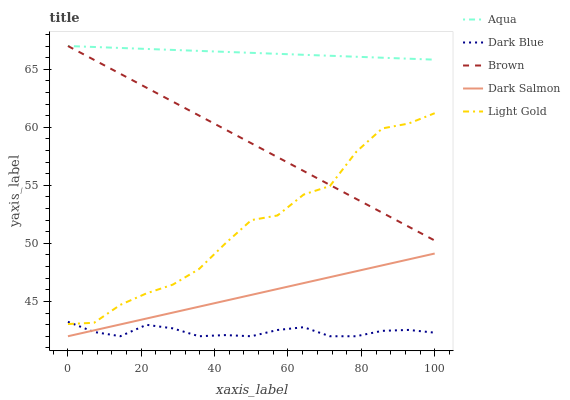
| xaxis_label | Aqua | Dark Blue | Brown | Dark Salmon | Light Gold |
 | --- | --- | --- | --- | --- | --- |
 | 0 | 67 | 43.2 | 67 | 42 | 43.1 |
 | 7.14 | 66.9 | 42.4 | 65.8 | 42.5 | 43.2 |
 | 14.3 | 66.8 | 42 | 64.6 | 43 | 44.7 |
 | 21.4 | 66.7 | 43 | 63.4 | 43.5 | 45.7 |
 | 28.6 | 66.7 | 42.7 | 62.2 | 44 | 46.4 |
 | 35.7 | 66.6 | 42 | 61 | 44.5 | 47.8 |
 | 42.9 | 66.5 | 42.1 | 59.8 | 45.1 | 50 |
 | 50 | 66.4 | 42 | 58.6 | 45.6 | 52 |
 | 57.1 | 66.3 | 42.5 | 57.4 | 46.1 | 52.4 |
 | 64.3 | 66.2 | 42.8 | 56.2 | 46.6 | 54.2 |
 | 71.4 | 66.2 | 42 | 55 | 47.1 | 54.9 |
 | 78.6 | 66.1 | 42 | 53.8 | 47.6 | 57.9 |
 | 85.7 | 66 | 42.5 | 52.6 | 48.1 | 59.9 |
 | 92.9 | 65.9 | 42.5 | 51.4 | 48.6 | 60.3 |
 | 100 | 65.8 | 42.3 | 50.2 | 49.1 | 61.2 |